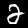
Digit: 2